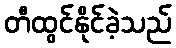
တီထွင်နိုင်ခဲ့သည်